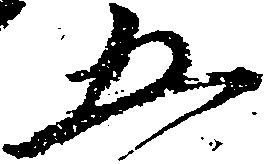
五